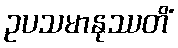
ဥပသမာနုဿတိံ